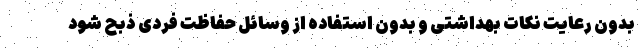
بدون رعایت نکات بهداشتی و بدون استفاده از وسائل حفاظت فردی ذبح شود